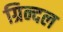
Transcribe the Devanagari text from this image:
ग्रिन्दल